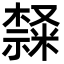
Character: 𣜩